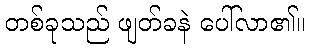
တစ်ခုသည် ဖျတ်ခနဲ ပေါ်လာ၏။